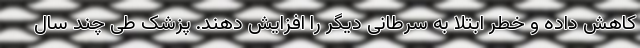
کاهش داده و خطر ابتلا به سرطانی دیگر را افزایش دهند. پزشک طی چند سال